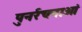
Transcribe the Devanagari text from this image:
पुनर्रचनाओं